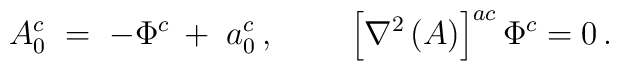
A_0^c\;=\; - \Phi^c\:+\; a^c_0\,, \quad \; \quad \left[\nabla^2\, (A)\right]^{ac} \Phi^c = 0\,.